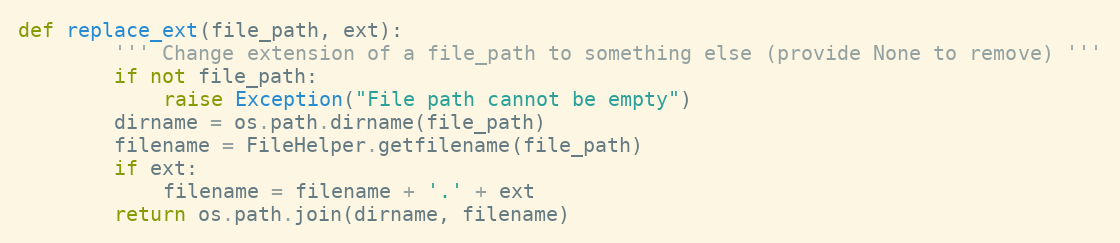
Language: Python
def replace_ext(file_path, ext):
        ''' Change extension of a file_path to something else (provide None to remove) '''
        if not file_path:
            raise Exception("File path cannot be empty")
        dirname = os.path.dirname(file_path)
        filename = FileHelper.getfilename(file_path)
        if ext:
            filename = filename + '.' + ext
        return os.path.join(dirname, filename)